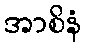
အာစိနံ